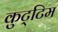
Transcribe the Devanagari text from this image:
कुट्‌टिम